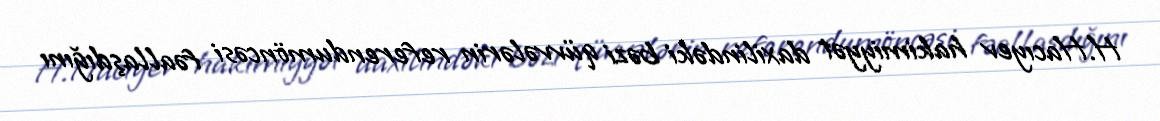
H.Hacıyev hakimiyyət daxilindəki bəzi qüvvələrin referendumöncəsi fəallaşdığını